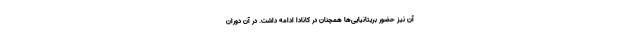
آن نیز حضور بریتانیایی‌ها همچنان در کانادا ادامه داشت. در آن دوران